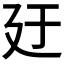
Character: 𪪬